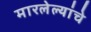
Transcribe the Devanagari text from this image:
मारलेल्यांचे